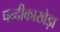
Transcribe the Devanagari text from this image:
चन्दीकाखेड़ा